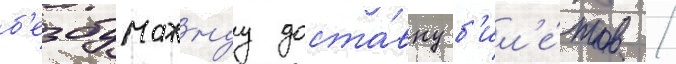
б'езбумажнуу доста́вку б'ил'е́тов /